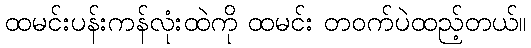
ထမင်းပန်းကန်လုံးထဲကို ထမင်း တဝက်ပဲထည့်တယ်။